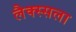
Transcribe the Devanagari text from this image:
लैक्स्सला